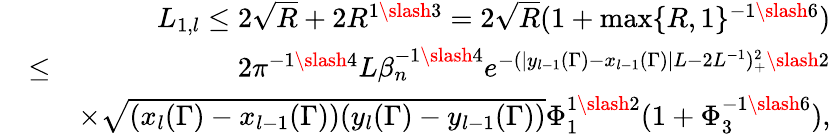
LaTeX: \begin{array}{rlr}&{}&{L_{1,l}\leq 2\sqrt{R}+2R^{1\slash 3}=2\sqrt{R}(1+\operatorname*{max}\{ R,1\} ^{-1\slash 6})}\\ &{\leq}&{2\pi^{-1\slash 4}L\beta_{n}^{-1\slash 4}e^{-(|y_{l-1}(\Gamma)-x_{l-1}(\Gamma)|L-2L^{-1})_{+}^{2}\slash 2}}\\ &{}&{\times\sqrt{(x_{l}(\Gamma)-x_{l-1}(\Gamma))(y_{l}(\Gamma)-y_{l-1}(\Gamma))}\Phi_{1}^{1\slash 2}(1+\Phi_{3}^{-1\slash 6}),}\end{array}